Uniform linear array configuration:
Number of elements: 16
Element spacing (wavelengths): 0.5
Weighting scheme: uniform
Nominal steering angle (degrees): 15
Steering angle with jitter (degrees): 16.084
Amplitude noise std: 0.05
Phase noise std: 0.05

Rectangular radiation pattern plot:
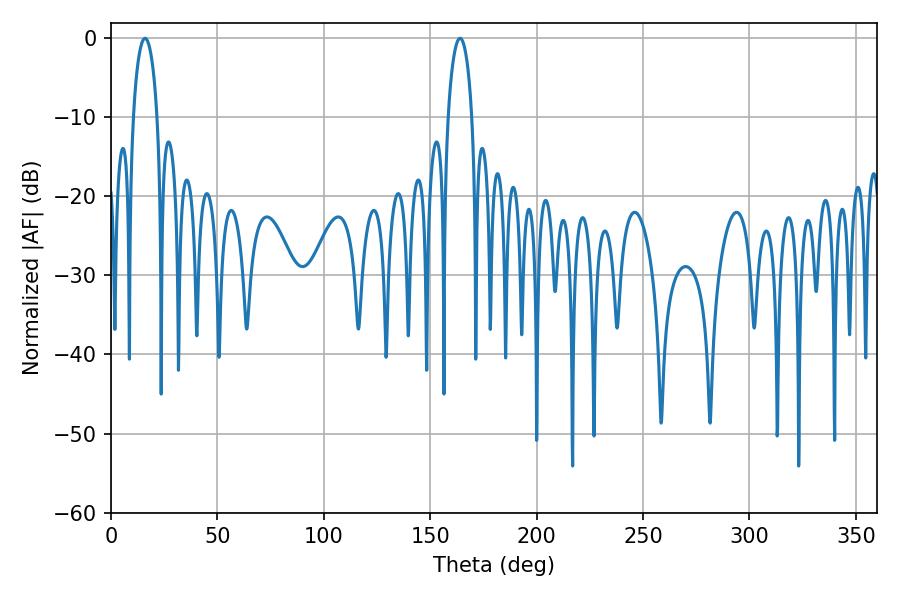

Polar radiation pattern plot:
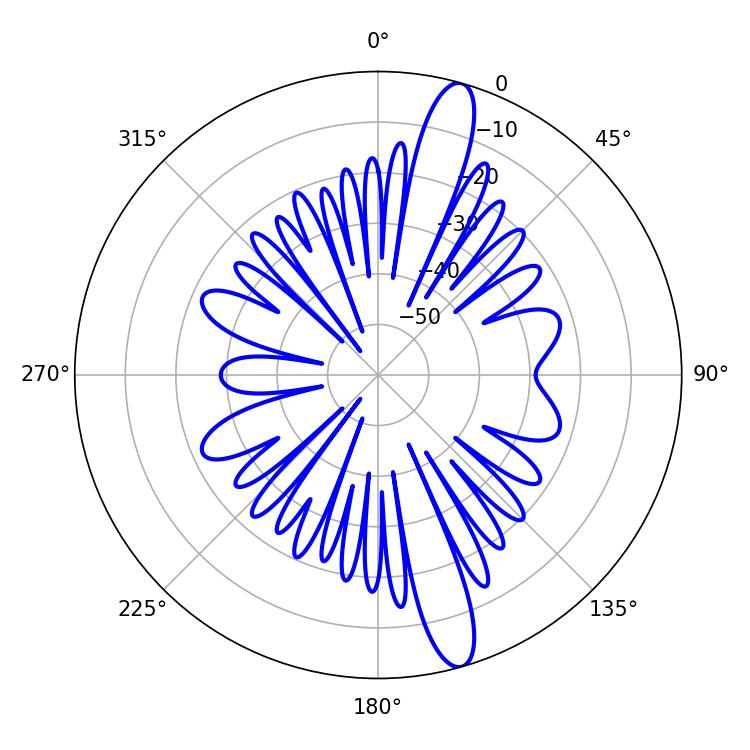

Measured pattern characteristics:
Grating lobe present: FALSE
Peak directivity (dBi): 14.537
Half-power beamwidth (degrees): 6.48
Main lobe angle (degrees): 16.02